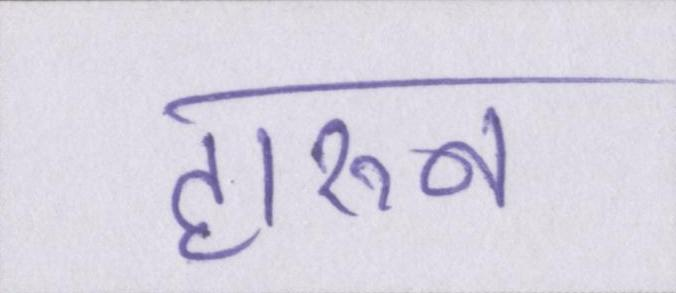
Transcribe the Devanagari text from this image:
हारुन